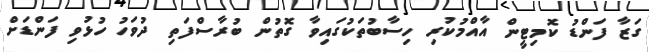
ގަޒާ ފަންޑު ކޮމިޓީން އާއްމުކުރި ހިސާބުތަކުގައިވާ ގޮތުން ބުރާސްފަތި ދުވަހު ހުޅުވި ފަންޑަށް